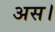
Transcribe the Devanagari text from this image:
अस।